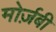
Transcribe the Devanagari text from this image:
मोर्ज़बी